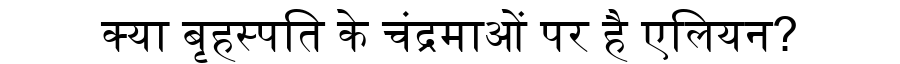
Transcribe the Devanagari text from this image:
क्या बृहस्पति के चंद्रमाओं पर है एलियन?